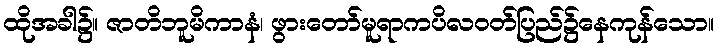
ထိုအခါ၌။ ဇာတိဘူမိကာနံ၊ ဖွားတော်မူရာကပိလဝတ်ပြည်၌နေကုန်သော။